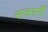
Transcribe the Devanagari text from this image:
राजमार्गीं